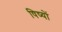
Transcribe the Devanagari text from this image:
षिष्यों